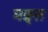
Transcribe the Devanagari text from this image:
मङ्त